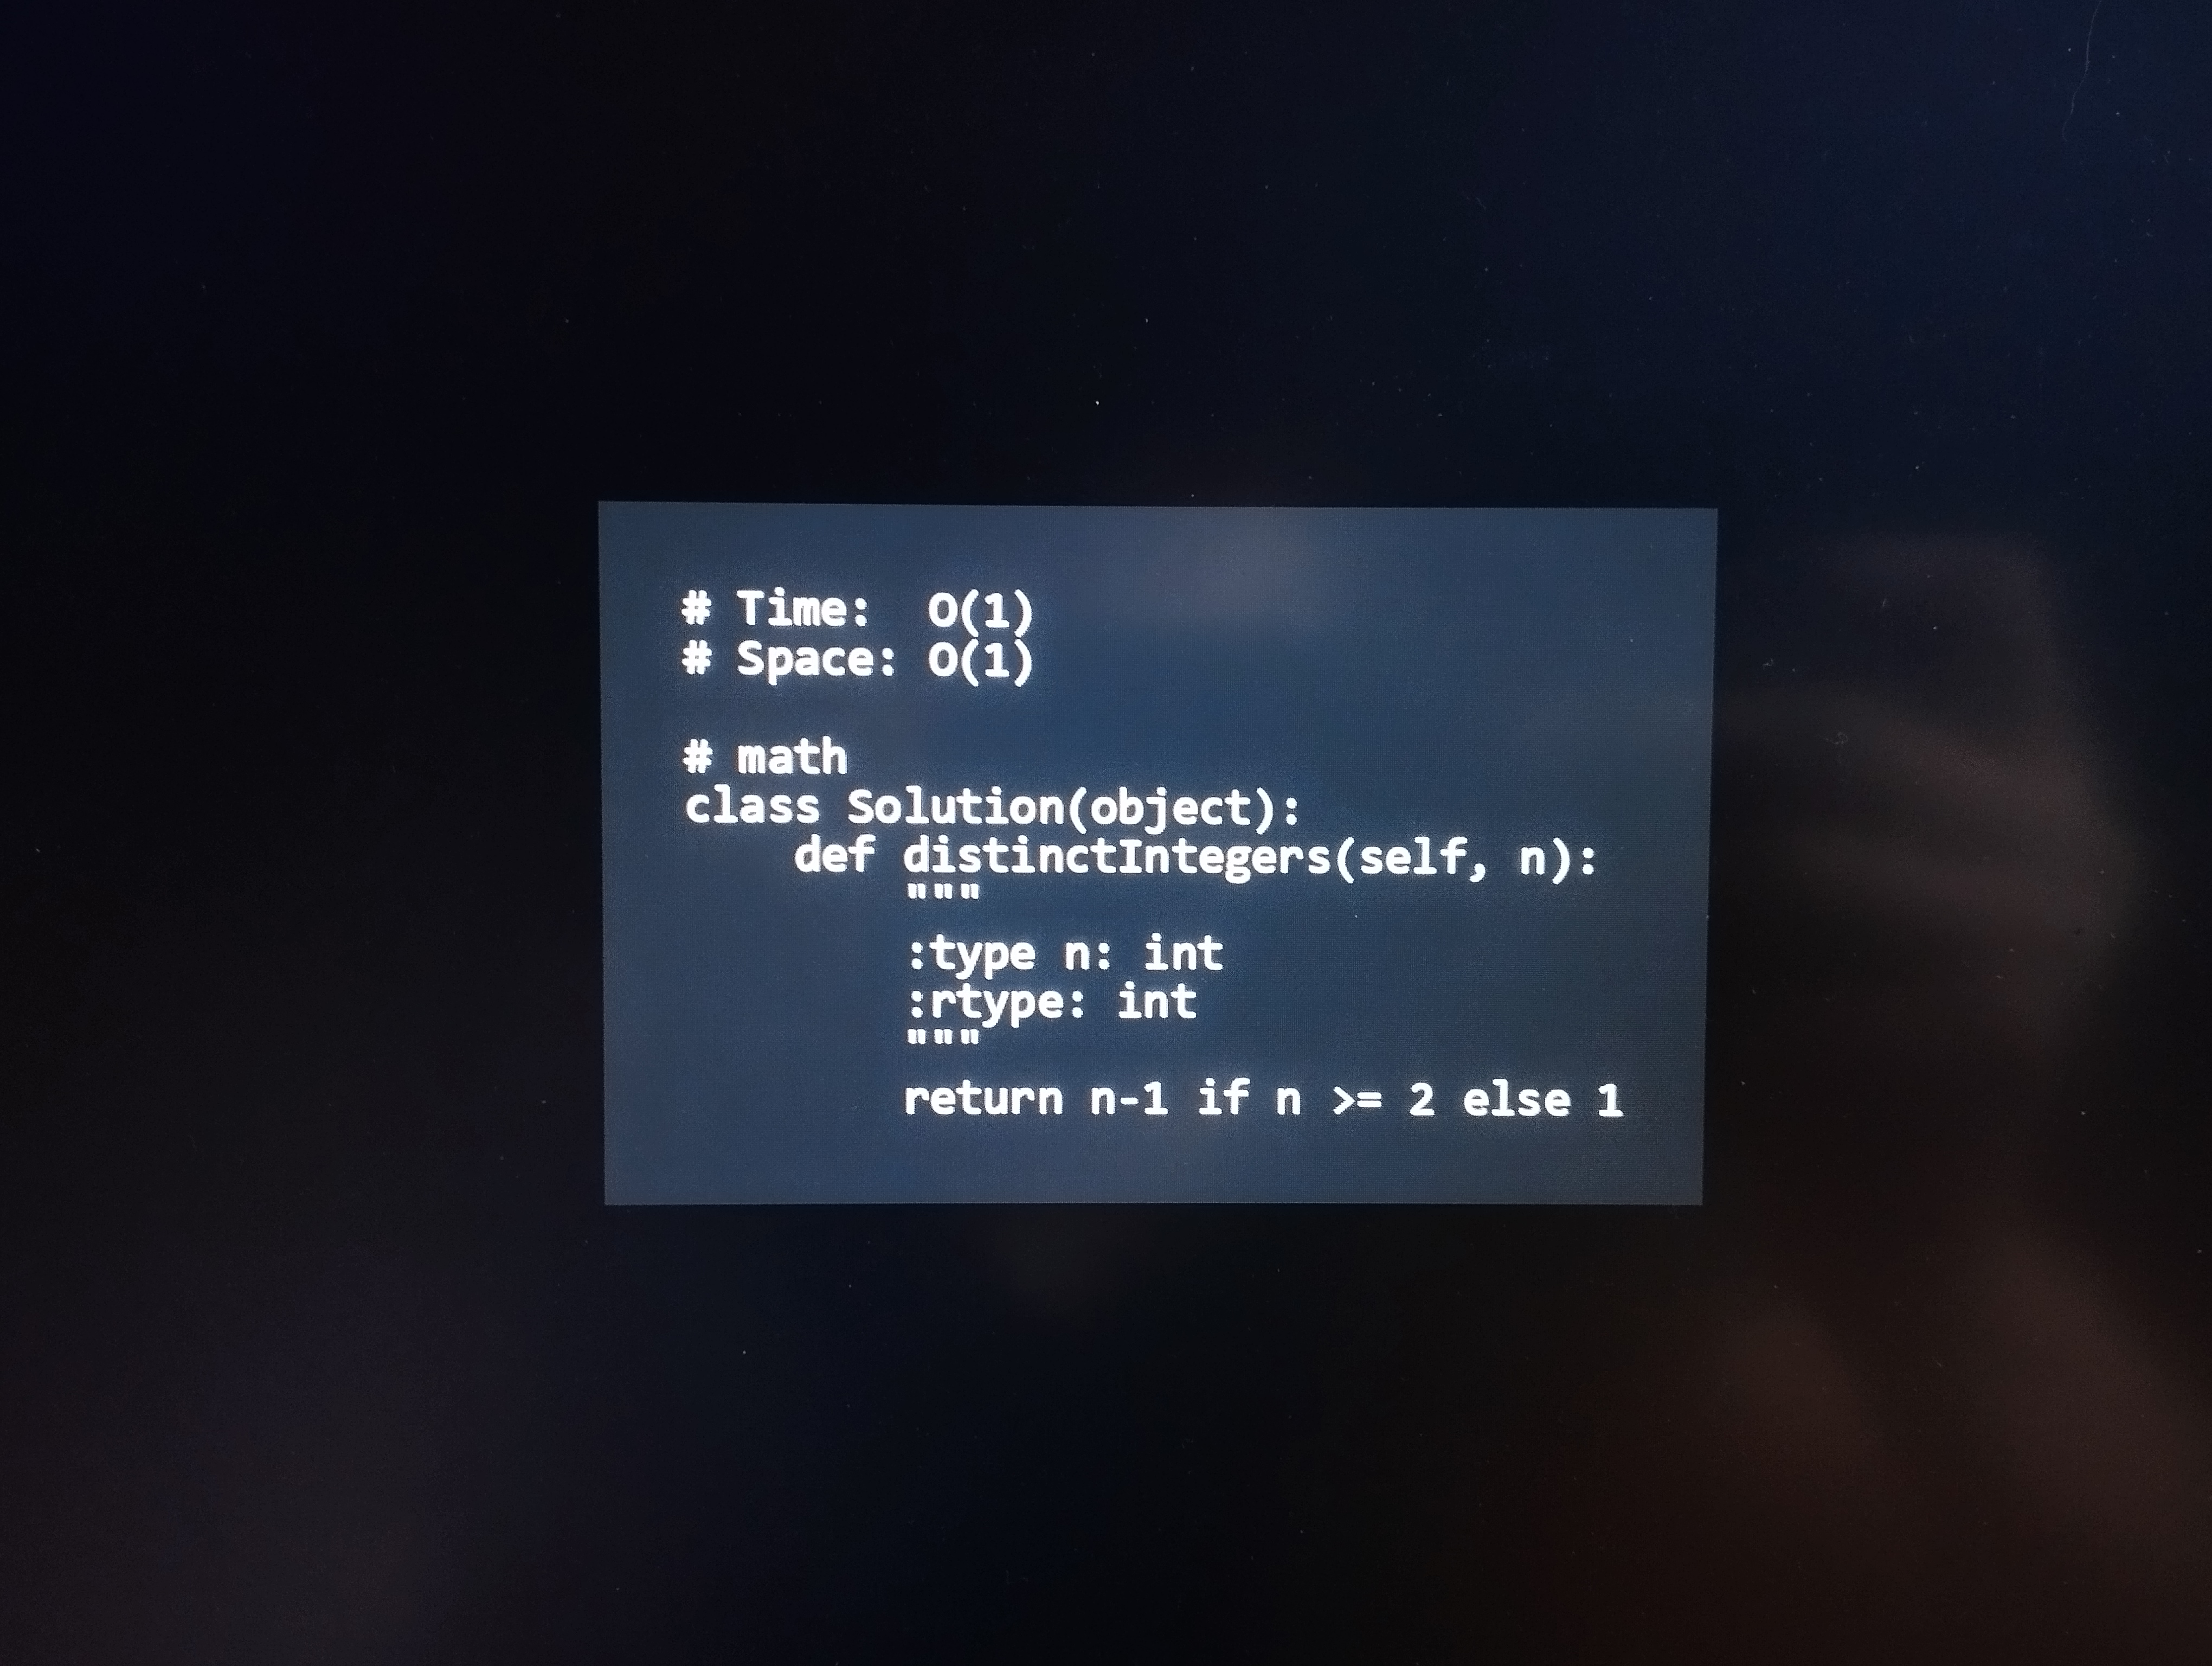
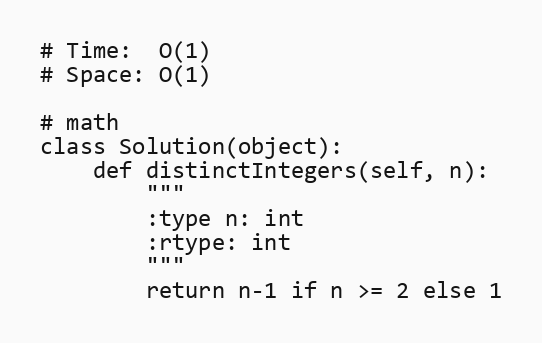
# Time:  O(1)
# Space: O(1)

# math
class Solution(object):
    def distinctIntegers(self, n):
        """
        :type n: int
        :rtype: int
        """
        return n-1 if n >= 2 else 1